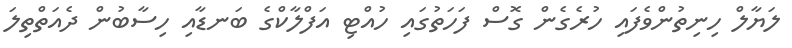
ލަޔާލް ހިނިތުންވެފައި ހުރެގެން ގޮސް ފަހަތުގައި ހުއްޓި އަފްލާކްގެ ބަނޑާއި ހިސާބުން ދެއަތްތިލަ